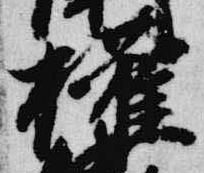
権